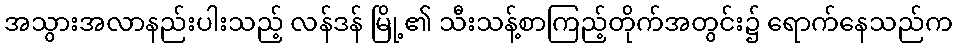
အသွားအလာနည်းပါးသည့် လန်ဒန် မြို့၏ သီးသန့်စာကြည့်တိုက်အတွင်း၌ ရောက်နေသည်က